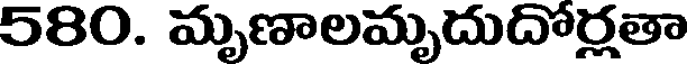
580. మృణాలమృదుదోర్లతా